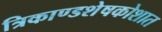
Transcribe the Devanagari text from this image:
त्रिकाण्डशेषकोशात